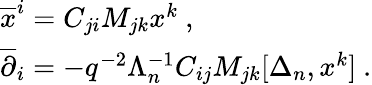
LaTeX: \begin{array}{l}{{{\overline{{x}}^{i}}=C_{ji}M_{jk}x^{k}~,}}\\ {{{\overline{{\partial}}_{i}}=-q^{-2}\Lambda_{n}^{-1}C_{ij}M_{jk}[\Delta_{n},x^{k}]~.}}\end{array}